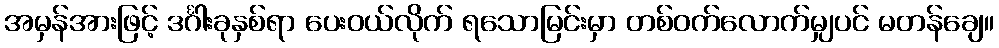
အမှန်အားဖြင့် ဒင်္ဂါးခုနှစ်ရာ ပေးဝယ်လိုက် ရသောမြင်းမှာ တစ်ဝက်လောက်မျှပင် မတန်ချေ။